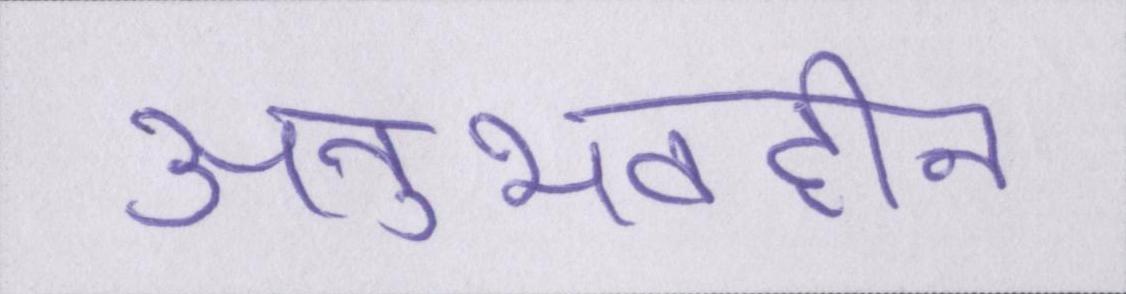
अनुभवहीन